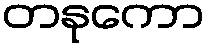
တနုကော